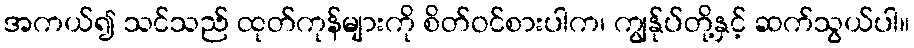
အကယ်၍ သင်သည် ထုတ်ကုန်များကို စိတ်ဝင်စားပါက၊ ကျွန်ုပ်တို့နှင့် ဆက်သွယ်ပါ။